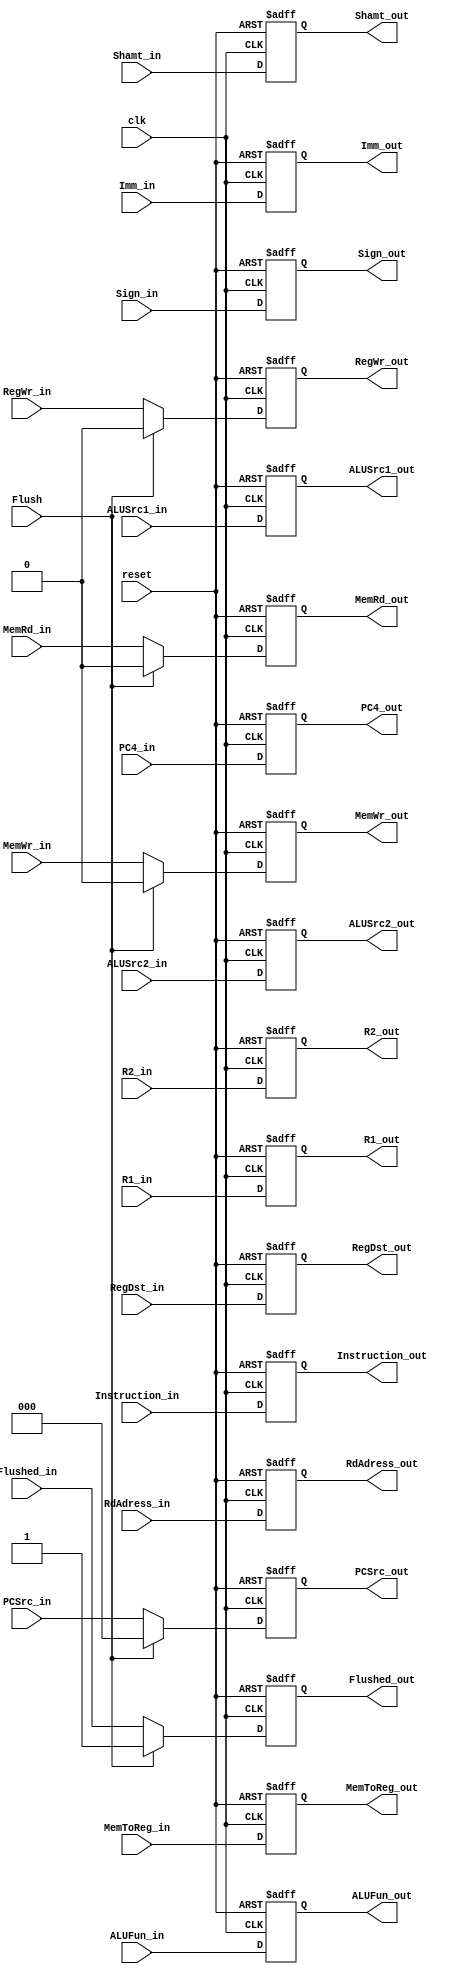
module ID_EX_Register (clk, Flush, PCSrc_in, RegDst_in, RegWr_in, ALUSrc1_in, ALUSrc2_in,
ALUFun_in, Sign_in, MemWr_in, MemRd_in, MemToReg_in, 
PC4_in, R1_in, R2_in, Imm_in, RdAdress_in, Shamt_in,Instruction_in,Flushed_in,
PCSrc_out, RegDst_out, RegWr_out, ALUSrc1_out, ALUSrc2_out,
ALUFun_out, Sign_out, MemWr_out, MemRd_out, MemToReg_out, 
PC4_out, R1_out, R2_out, Imm_out, RdAdress_out, Shamt_out,Instruction_out,reset,Flushed_out);

input clk,Flush;
input reset,Flushed_in;
input [2:0] PCSrc_in;
input [1:0] RegDst_in; 
input RegWr_in, ALUSrc1_in, ALUSrc2_in, Sign_in, MemWr_in,MemRd_in;
input [5:0] ALUFun_in;
input [1:0] MemToReg_in;
input [31:0] PC4_in, R1_in, R2_in, Imm_in,Instruction_in;
input [4:0] RdAdress_in,Shamt_in;


output [2:0] PCSrc_out;
output [1:0] RegDst_out; 
output RegWr_out, ALUSrc1_out, ALUSrc2_out, Sign_out, MemWr_out,MemRd_out,Flushed_out;
output [5:0] ALUFun_out;
output [1:0] MemToReg_out;

output [31:0] PC4_out, R1_out, R2_out, Imm_out,Instruction_out;
output [4:0] RdAdress_out,Shamt_out;

reg [2:0] PCSrc_reg;
reg [1:0] RegDst_reg; 
reg RegWr_reg, ALUSrc1_reg, ALUSrc2_reg, Sign_reg, MemWr_reg,MemRd_reg,Flushed_reg;
reg [5:0] ALUFun_reg;
reg [1:0] MemToReg_reg;

reg [31:0] PC4_reg, R1_reg, R2_reg, Imm_reg,Instruction_reg;
reg [4:0] RdAdress_reg, Shamt_reg;

always @(posedge clk or negedge reset) begin
	if (~reset)
	begin
		PCSrc_reg = 0;
		RegDst_reg = 0; 
		RegWr_reg = 0; 
		ALUSrc1_reg = 0; 
		ALUSrc2_reg = 0;
		ALUFun_reg = 0; 
		Sign_reg = 0; 
		MemWr_reg = 0; 
		MemRd_reg = 0; 
		MemToReg_reg = 0; 
		PC4_reg = 32'h80000004;
		R1_reg = 0; 
		R2_reg = 0; 
		Imm_reg = 0; 
		RdAdress_reg = 0;
		Shamt_reg = 0;
		Instruction_reg = 0;
		Flushed_reg = 0;
	end
	else begin 
	if(Flush) begin
		PCSrc_reg = 0; 
		RegWr_reg = 0; 
		MemWr_reg = 0; 
		MemRd_reg = 0; 

		PC4_reg = PC4_in;
		Flushed_reg = 1;
		
	end
	else begin
		PCSrc_reg = PCSrc_in;
		RegWr_reg = RegWr_in; 
		MemWr_reg = MemWr_in; 
		MemRd_reg = MemRd_in;  
		PC4_reg = PC4_in;
		Flushed_reg = Flushed_in;
	end

		RegDst_reg = RegDst_in; 
		ALUSrc1_reg = ALUSrc1_in; 
		ALUSrc2_reg = ALUSrc2_in;
		ALUFun_reg = ALUFun_in; 
		Sign_reg = Sign_in; 
		MemToReg_reg = MemToReg_in; 
		R1_reg = R1_in; 
		R2_reg = R2_in; 
		Imm_reg = Imm_in; 
		RdAdress_reg = RdAdress_in;
		Shamt_reg = Shamt_in;
		Instruction_reg = Instruction_in;
	end
end

assign PCSrc_out = PCSrc_reg;
assign RegDst_out = RegDst_reg; 
assign RegWr_out = RegWr_reg; 
assign ALUSrc1_out = ALUSrc1_reg; 
assign ALUSrc2_out = ALUSrc2_reg;
assign ALUFun_out = ALUFun_reg; 
assign Sign_out = Sign_reg; 
assign MemWr_out = MemWr_reg; 
assign MemRd_out = MemRd_reg; 
assign MemToReg_out = MemToReg_reg; 
assign PC4_out = PC4_reg;
assign R1_out = R1_reg; 
assign R2_out = R2_reg; 
assign Imm_out = Imm_reg; 
assign RdAdress_out = RdAdress_reg;
assign Shamt_out = Shamt_reg;
assign Instruction_out = Instruction_reg;
assign Flushed_out = Flushed_reg;
endmodule